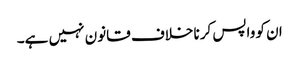
ان کو واپس کرنا خلاف قانون نہیں ہے۔